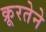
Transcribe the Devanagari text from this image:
क्रूरतेने